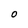
Character: O